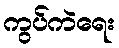
ကွပ်ကဲရေး